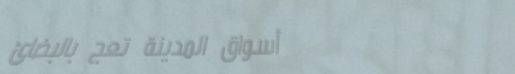
أسواق المدينة تعج بالبضائ